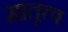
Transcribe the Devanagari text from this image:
मातृत्त्व